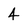
Character: 4